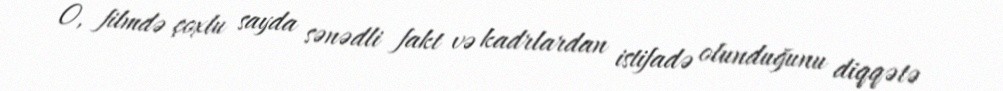
O, filmdə çoxlu sayda sənədli fakt və kadrlardan istifadə olunduğunu diqqətə